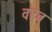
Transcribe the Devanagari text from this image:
वहब